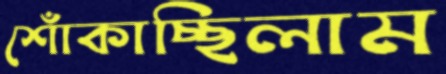
শোঁকাচ্ছিলাম